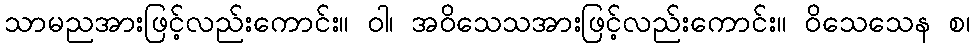
သာမညအားဖြင့်လည်းကောင်း။ ဝါ၊ အဝိသေသအားဖြင့်လည်းကောင်း။ ဝိသေသေန စ၊